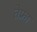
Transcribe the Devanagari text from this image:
तेफ्रा